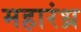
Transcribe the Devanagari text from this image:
महारंध्र